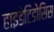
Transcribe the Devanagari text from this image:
हाइडेटिडोसिस